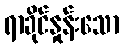
ရာခိုင်နှုန်းသော